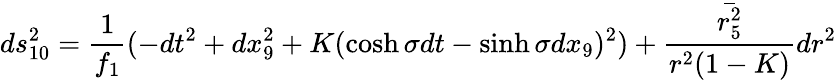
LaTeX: ds_{10}^{2}=\frac{1}{f_{1}}(-dt^{2}+dx_{9}^{2}+K(\cosh\sigma dt-\sinh\sigma dx_{9})^{2})+\frac{\bar{r_{5}^{2}}}{r^{2}(1-K)}dr^{2}